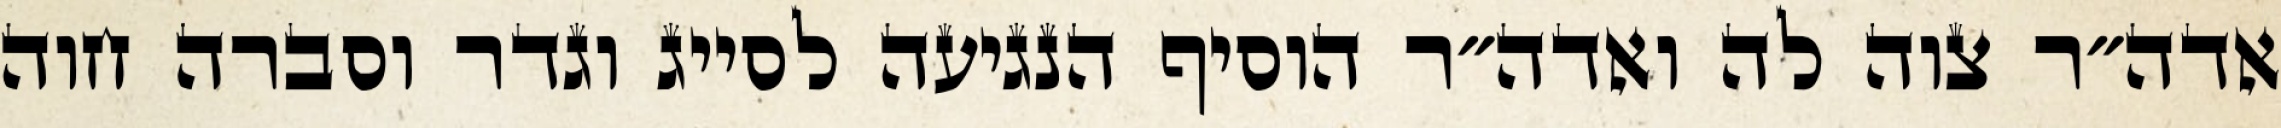
אדה״ר צוה לה ואדה״ר הוסיף הנגיעה לסייג וגדר וסברה חוה